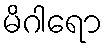
မိဂါရော